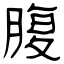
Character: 腹